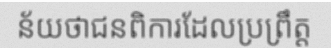
ន័យថាជនពិការដែលប្រព្រឹត្ត